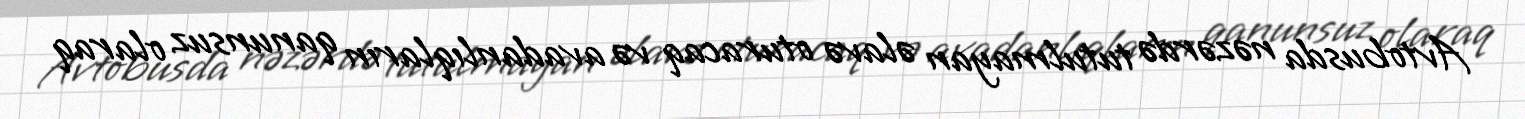
Avtobusda nəzərdə tutulmayan əlavə oturacaq və avadanlıqların qanunsuz olaraq